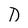
Character: D